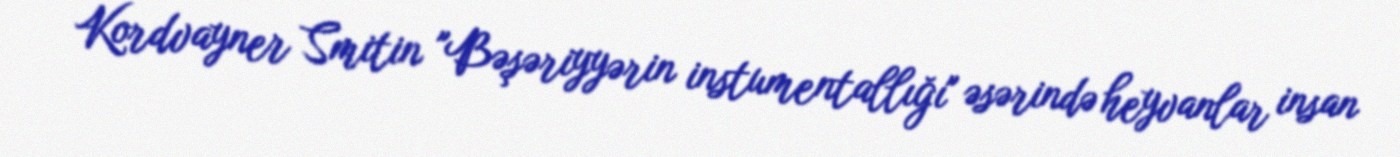
Kordvayner Smitin "Bəşəriyyərin instumentallığı" əsərində heyvanlar insan